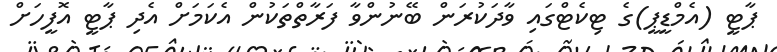
ޕާޓީ (އެމްޑީޕީ)ގެ ޓިކެޓްގައި ވާދަކުރަން ބޭނުންވާ ފަރާތްތަކުން އެކަމަށް އެދި ޕާޓީ އޮފީހަށް